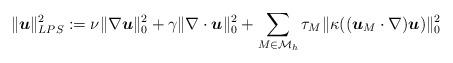
LaTeX: \begin{align*} \|\boldsymbol{u}\|_{LPS}^2:=\nu\|\nabla\boldsymbol{u}\|_0^2+\gamma\|\nabla\cdot\boldsymbol{u}\|_0^2+\sum_{M\in\mathcal M_h}\tau_M \|\kappa((\boldsymbol{u}_M\cdot\nabla)\boldsymbol{u})\|_0^2\end{align*}